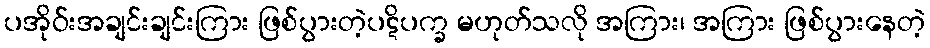
ပအိုဝ်းအချင်းချင်းကြား ဖြစ်ပွားတဲ့ပဋိပက္ခ မဟုတ်သလို အကြား၊ အကြား ဖြစ်ပွားနေတဲ့